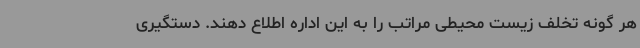
هر گونه تخلف زیست محیطی مراتب را به این اداره اطلاع دهند. دستگیری